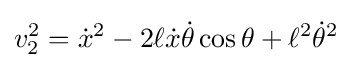
v_{2}^{2}={\dot {x}}^{2}-2\ell {\dot {x}}{\dot {\theta }}\cos \theta +\ell ^{2}{\dot {\theta }}^{2}